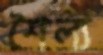
শৈল্য